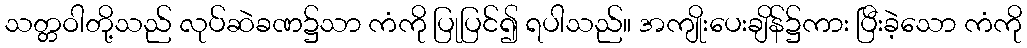
သတ္တဝါတို့သည် လုပ်ဆဲခဏ၌သာ ကံကို ပြုပြင်၍ ရပါသည်။ အကျိုးပေးချိန်၌ကား ပြီးခဲ့သော ကံကို